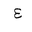
Letter: _ayn